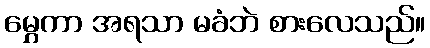
မွှေကာ အရသာ မခံဘဲ စားလေသည်။